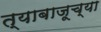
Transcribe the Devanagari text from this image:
त्याबाजूच्या